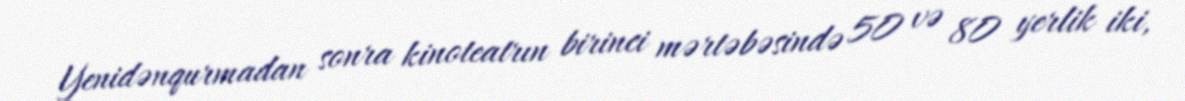
Yenidənqurmadan sonra kinoteatrın birinci mərtəbəsində 50 və 80 yerlik iki,